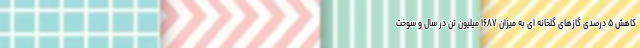
کاهش ۵ درصدی گازهای گلخانه ای به میزان ۱۶۸۷ میلیون تن در سال و سوخت